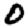
Digit: 0